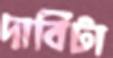
দাবিটা